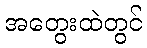
အတွေးထဲတွင်